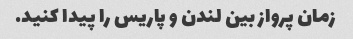
زمان پرواز بین لندن و پاریس را پیدا کنید.